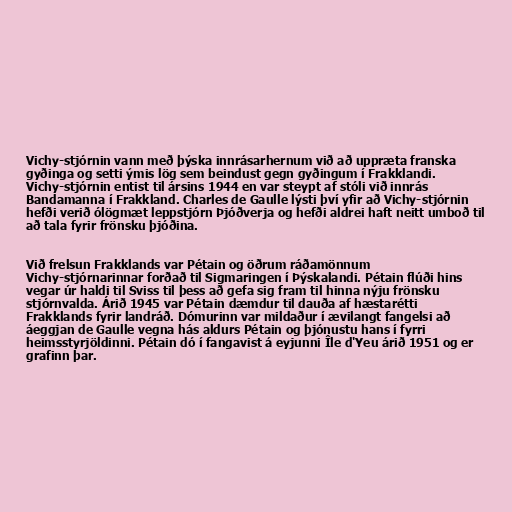
Vichy-stjórnin vann með þýska innrásarhernum við að uppræta franska
gyðinga og setti ýmis lög sem beindust gegn gyðingum í Frakklandi.
Vichy-stjórnin entist til ársins 1944 en var steypt af stóli við innrás
Bandamanna í Frakkland. Charles de Gaulle lýsti því yfir að Vichy-stjórnin
hefði verið ólögmæt leppstjórn Þjóðverja og hefði aldrei haft neitt umboð til
að tala fyrir frönsku þjóðina.

Við frelsun Frakklands var Pétain og öðrum ráðamönnum
Vichy-stjórnarinnar forðað til Sigmaringen í Þýskalandi. Pétain flúði hins
vegar úr haldi til Sviss til þess að gefa sig fram til hinna nýju frönsku
stjórnvalda. Árið 1945 var Pétain dæmdur til dauða af hæstarétti
Frakklands fyrir landráð. Dómurinn var mildaður í ævilangt fangelsi að
áeggjan de Gaulle vegna hás aldurs Pétain og þjónustu hans í fyrri
heimsstyrjöldinni. Pétain dó í fangavist á eyjunni Île d'Yeu árið 1951 og er
grafinn þar.